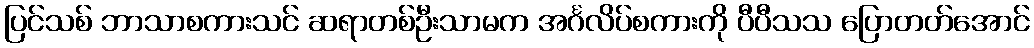
ပြင်သစ် ဘာသာစကားသင် ဆရာတစ်ဦးသာမက အင်္ဂလိပ်စကားကို ပီပီသသ ပြောတတ်အောင်